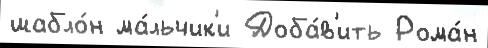
шабло́н ма́льчик'и Доба́в'ить Рома́н